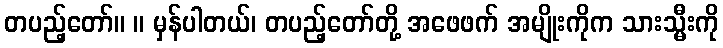
တပည့်တော်။ ။ မှန်ပါတယ်၊ တပည့်တော်တို့ အဖေဖက် အမျိုးကိုက သားသ္မီးကို